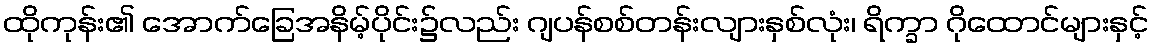
ထိုကုန်း၏ အောက်ခြေအနိမ့်ပိုင်း၌လည်း ဂျပန်စစ်တန်းလျားနှစ်လုံး၊ ရိက္ခာ ဂိုထောင်များနှင့်